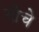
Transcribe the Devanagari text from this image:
गोचे